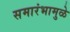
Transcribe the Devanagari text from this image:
समारंभामुळे